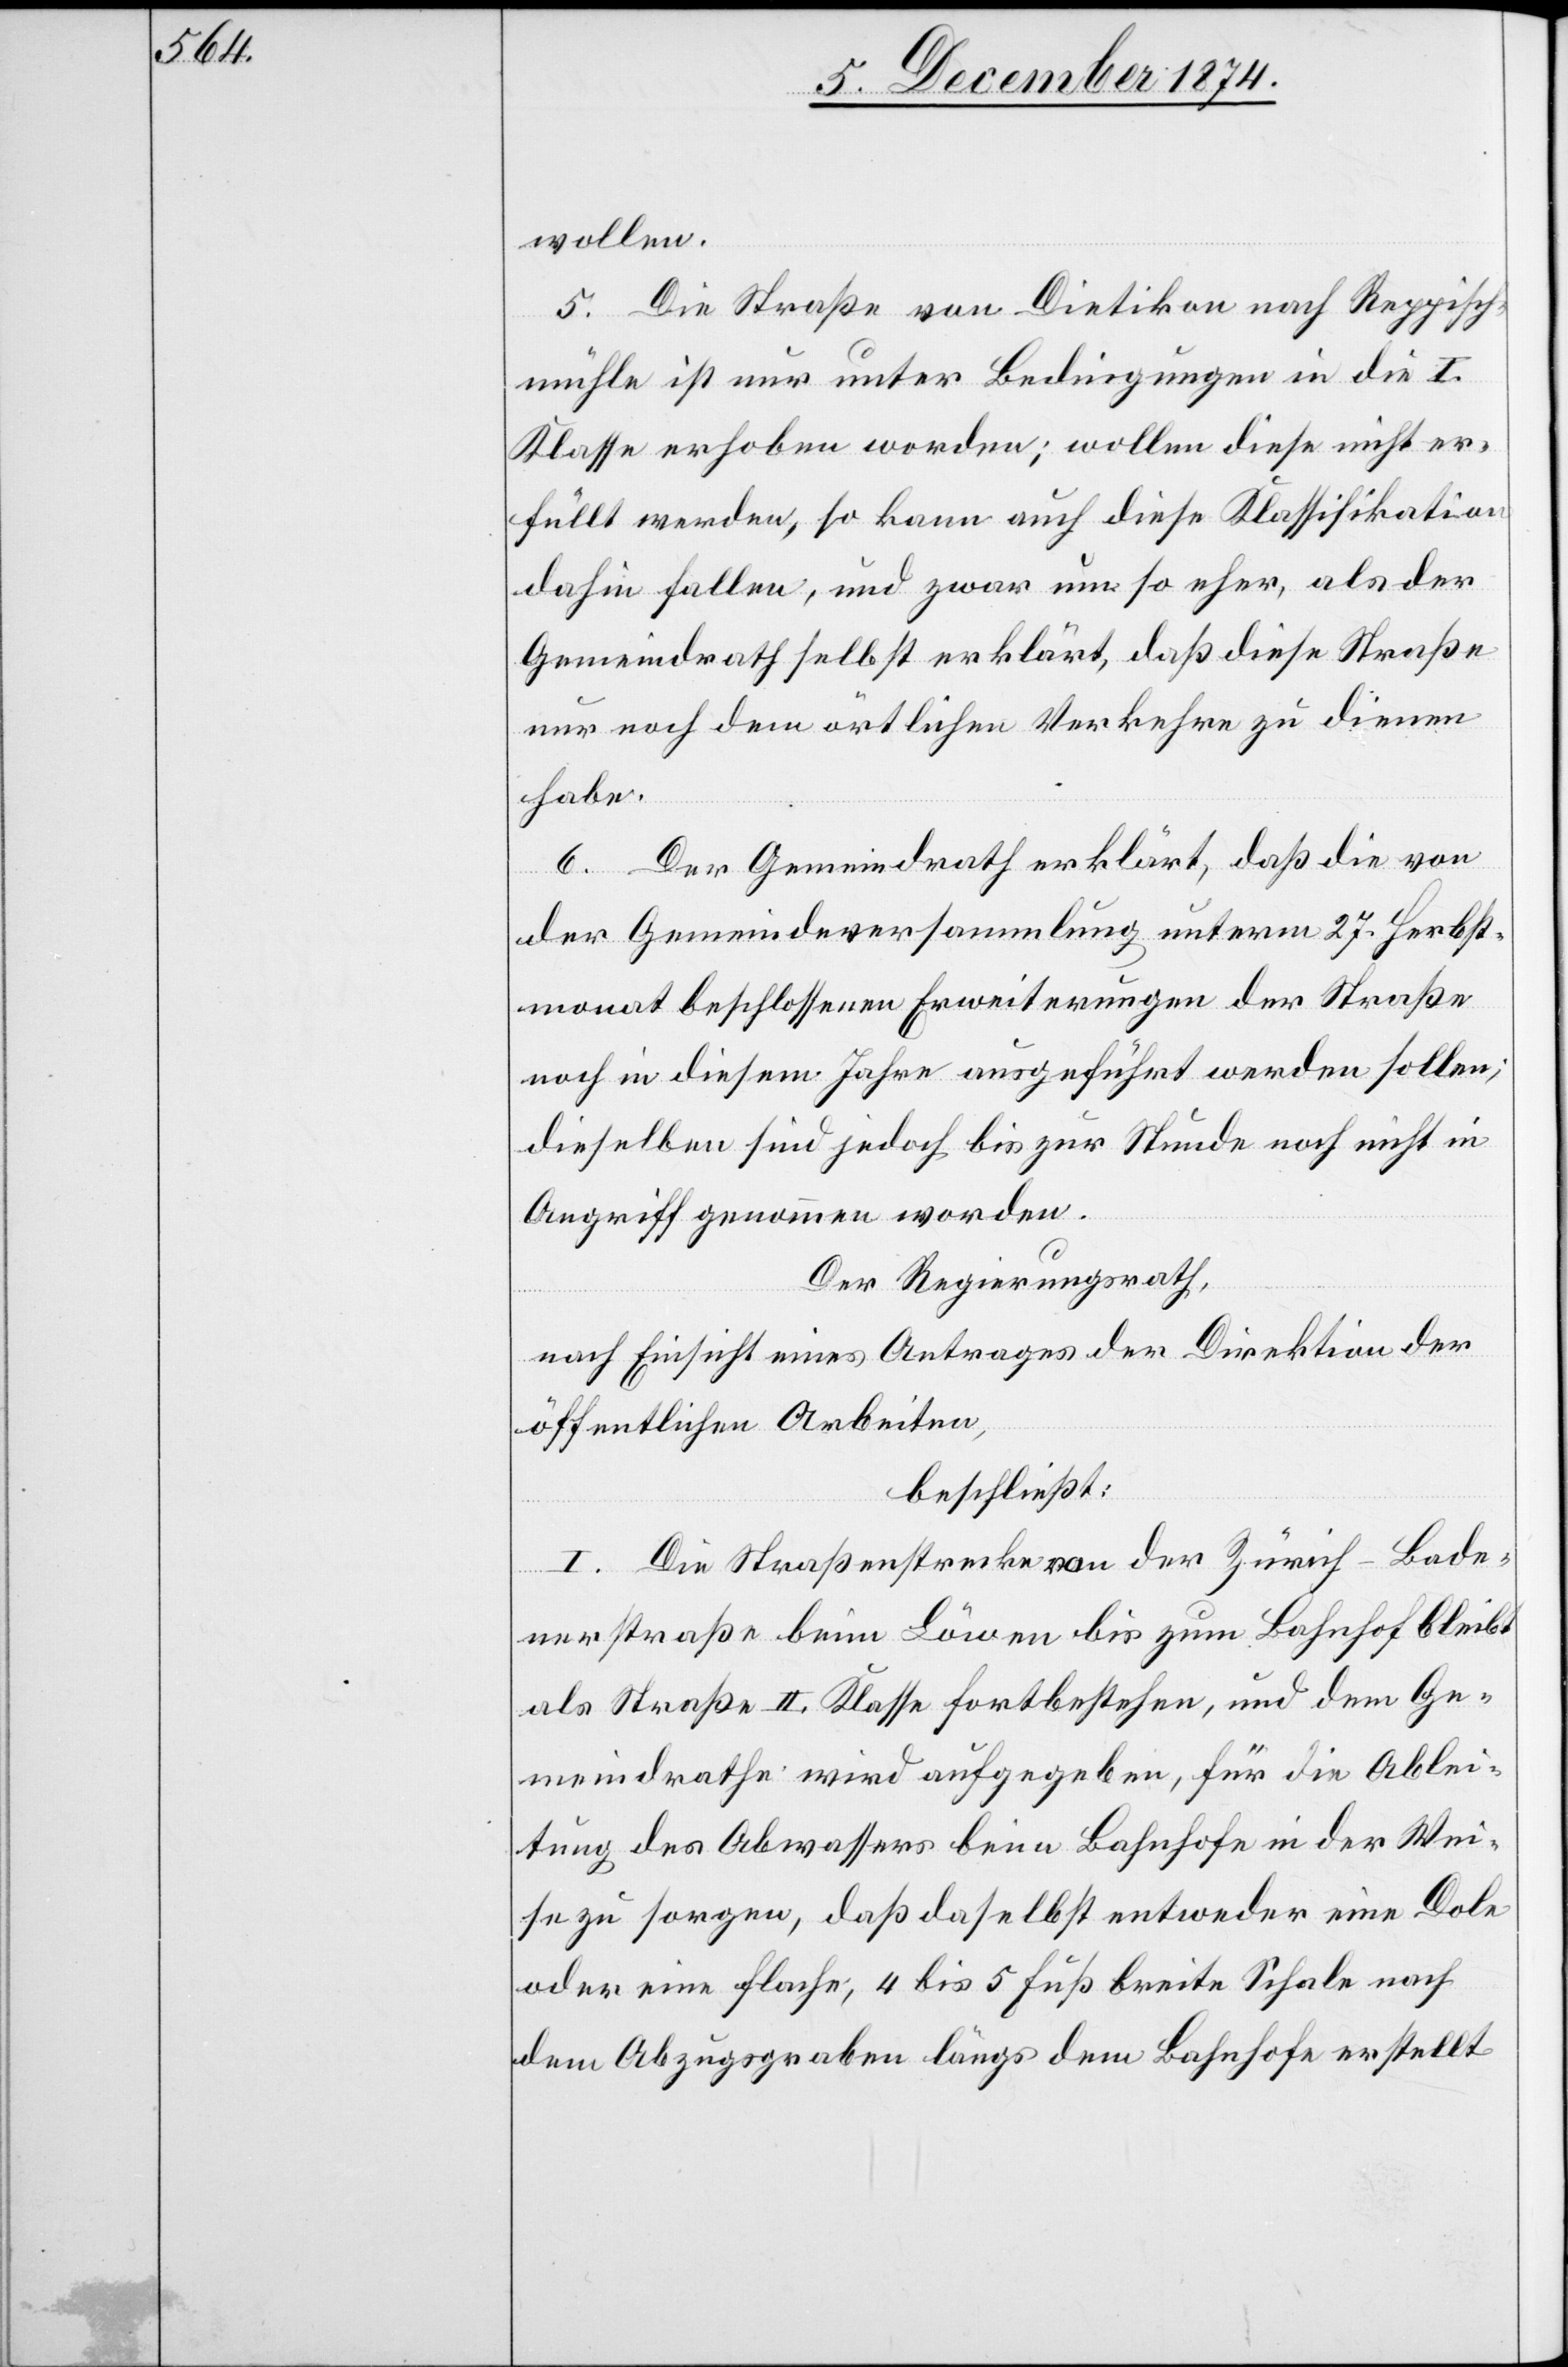
wollen.
5. Die Straße von Dietikon nach Reppisch¬
mühle ist nur unter Bedingungen in die I.
Klasse erhoben worden; wollen diese nicht er¬
füllt werden, so kann auch diese Klassifikation
dahin fallen, und zwar um so eher, als der
Gemeindrath selbst erklärt, daß diese Straße
nur noch dem örtlichen Verkehre zu dienen
habe.
6. Der Gemeindrath erklärt, daß die von
der Gemeindeversammlung unterm 27. Herbst¬
monat beschlossenen Erweiterungen der Straße
noch in diesem Jahre ausgeführt werden sollen;
dieselben sind jedoch bis zur Stunde noch nicht in
Angriff genommen worden.
Der Regierungsrath,
nach Einsicht eines Antrages der Direktion der
öffentlichen Arbeiten,
beschließt:
I. Die Straßenstrecke von der Zürich–Bade¬
nerstraße beim Löwen bis zum Bahnhof bleibt
als Straße II. Klasse fortbestehen, und dem Ge¬
meindrathe wird aufgegeben, für die Ablei¬
tung des Abwassers beim Bahnhofe in der Wei¬
se zu sorgen, daß daselbst entweder eine Dole
oder eine flache, 4 bis 5 Fuß breite Schale nach
dem Abzugsgraben längs dem Bahnhofe erstellt